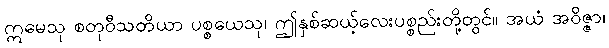
ဣမေသု စတုဝီသတိယာ ပစ္စယေသု၊ ဤနှစ်ဆယ့်လေးပစ္စည်းတို့တွင်။ အယံ အဝိဇ္ဇာ၊